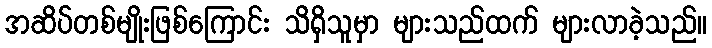
အဆိပ်တစ်မျိုးဖြစ်ကြောင်း သိရှိသူမှာ များသည်ထက် များလာခဲ့သည်။